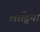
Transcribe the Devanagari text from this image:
लाट्विया